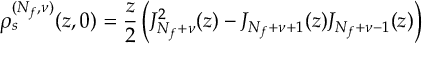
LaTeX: \rho _ { s } ^ { ( N _ { f } , \nu ) } ( z , 0 ) = \frac { z } { 2 } \left( J _ { N _ { f } + \nu } ^ { 2 } ( z ) - J _ { N _ { f } + \nu + 1 } ( z ) J _ { N _ { f } + \nu - 1 } ( z ) \right)